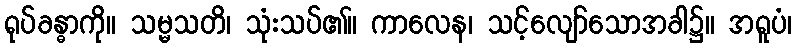
ရုပ်ခန္ဓာကို။ သမ္မသတိ၊ သုံးသပ်၏။ ကာလေန၊ သင့်လျော်သောအခါ၌။ အရူပံ၊